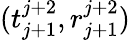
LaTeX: (t_{j+1}^{j+2},r_{j+1}^{j+2})